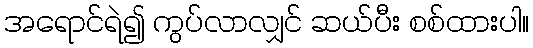
အရောင်ရဲ၍ ကွပ်လာလျှင် ဆယ်ပီး စစ်ထားပါ။